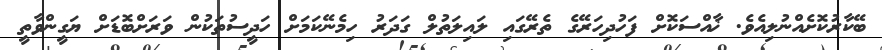
ބޭކާރުކޮށެއްނުލިއެވެ. ޚާއްސަކޮށް ފަހުދިހަރޭގެ ތެރޭގައި ލައިލަތުލް ގަދަރު ހިމެނޭކަމަށް ހަދީސުތަކުން ވަރަށްބޮޑަށް ޔަގީންވާތީ